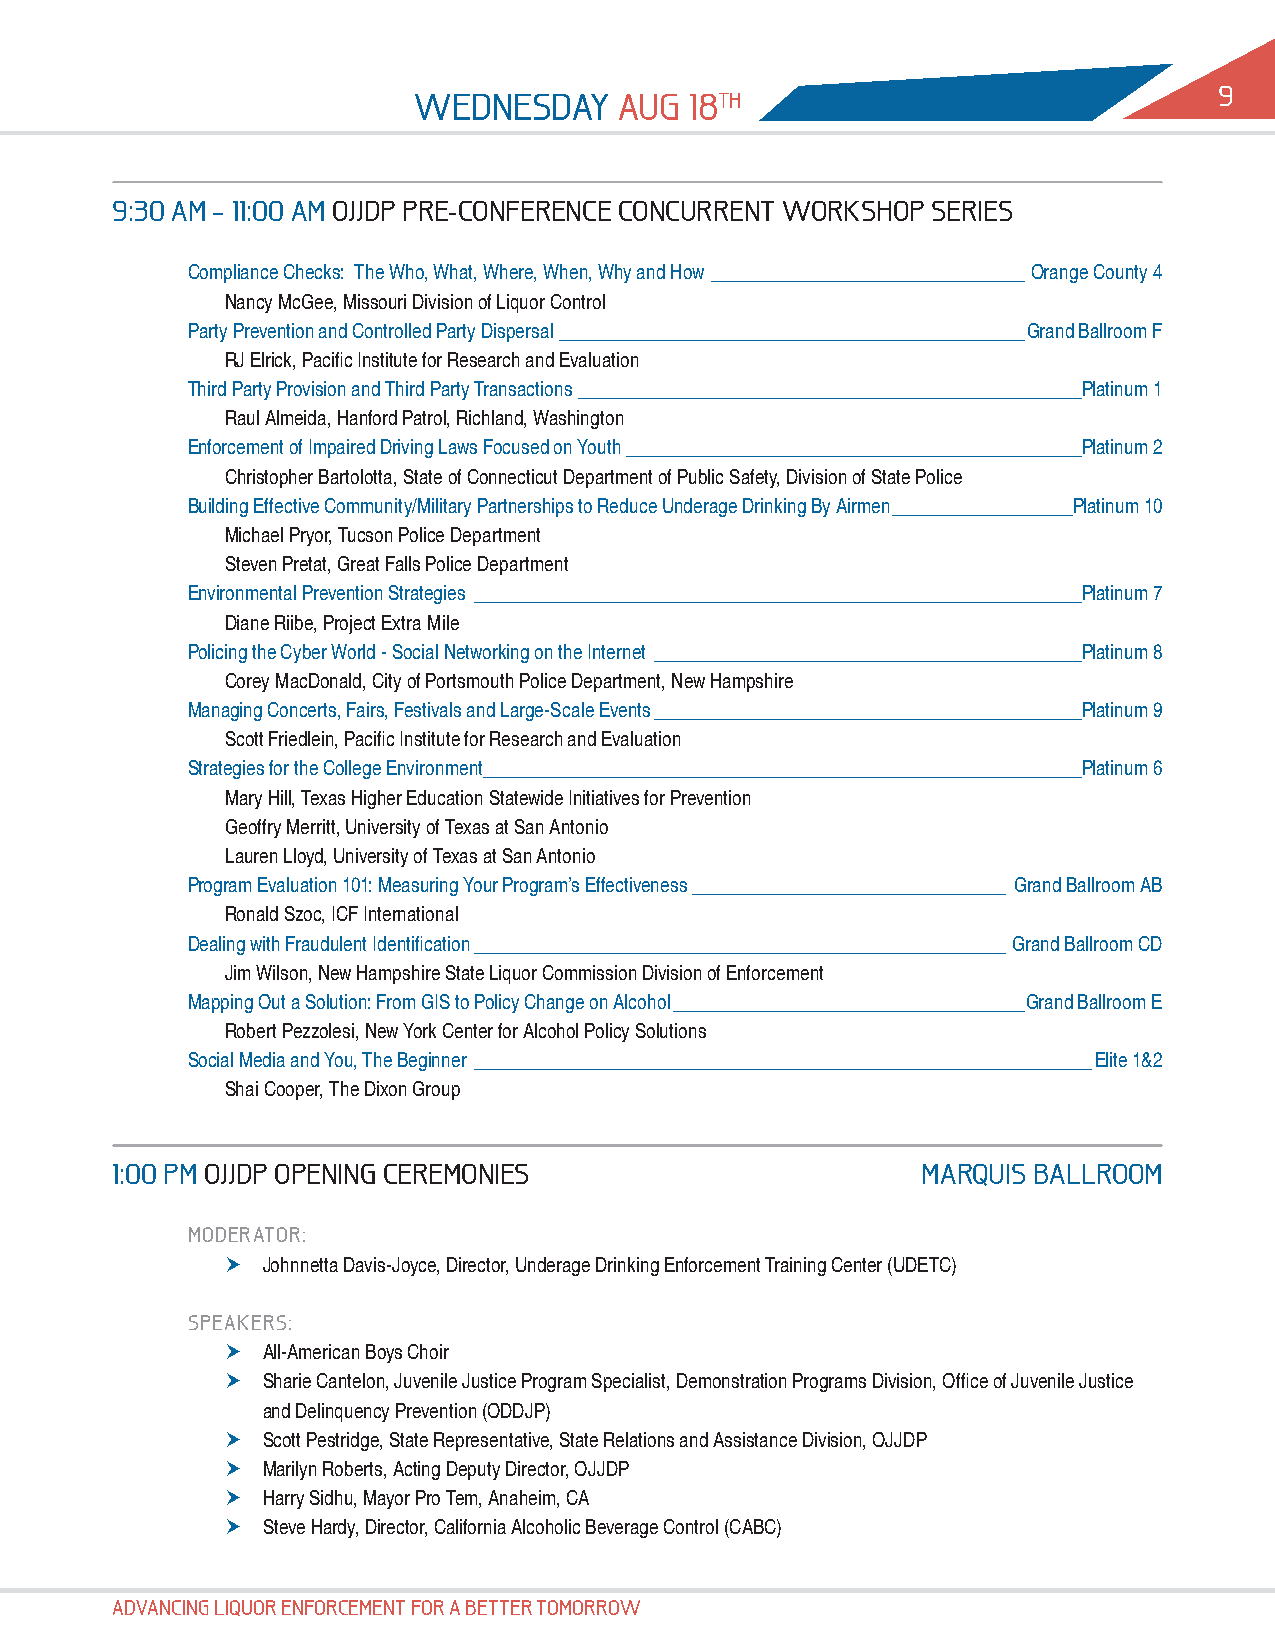
9
 9
 wEdNEsdAy     Aug  18th
 9:30 Am – 11:00 Am oJJdp prE-CoNfErENCE CoNCurrENt workshop sEriEs
 Compliance Checks: The Who, What, Where, When, Why and How _________________________________ Orange County 4
 Nancy McGee, Missouri Division of Liquor Control
 Party Prevention and Controlled Party Dispersal _________________________________________________Grand Ballroom F
 RJ Elrick, Pacific Institute for Research and Evaluation
 Third Party Provision and Third Party Transactions _____________________________________________________Platinum 1
 Raul Almeida, Hanford Patrol, Richland, Washington
 Enforcement of Impaired Driving Laws Focused on Youth ________________________________________________Platinum 2
 Christopher Bartolotta, State of Connecticut Department of Public Safety, Division of State Police
 Building Effective Community/Military Partnerships to Reduce Underage Drinking By Airmen ___________________Platinum 10
 Michael Pryor, Tucson Police Department
 Steven Pretat, Great Falls Police Department
 Environmental Prevention Strategies ________________________________________________________________Platinum 7
 Diane Riibe, Project Extra Mile
 Policing the Cyber World - Social Networking on the Internet _____________________________________________Platinum 8
 Corey MacDonald, City of Portsmouth Police Department, New Hampshire
 Managing Concerts, Fairs, Festivals and Large-Scale Events _____________________________________________Platinum 9
 Scott Friedlein, Pacific Institute for Research and Evaluation
 Strategies for the College Environment _______________________________________________________________Platinum 6
 Mary Hill, Texas Higher Education Statewide Initiatives for Prevention
 Geoffry Merritt, University of Texas at San Antonio
 Lauren Lloyd, University of Texas at San Antonio
 Program Evaluation 101: Measuring Your Program’s Effectiveness _________________________________ Grand Ballroom AB
 Ronald Szoc, ICF International
 Dealing with Fraudulent Identification ________________________________________________________ Grand Ballroom CD
 Jim Wilson, New Hampshire State Liquor Commission Division of Enforcement
 Mapping Out a Solution: From GIS to Policy Change on Alcohol _____________________________________Grand Ballroom E
 Robert Pezzolesi, New York Center for Alcohol Policy Solutions
 Social Media and You, The Beginner _________________________________________________________________Elite 1&2
 Shai Cooper, The Dixon Group
 1:00 pm oJJdp opENiNg CErEmoNiEs                      mArquis bALLroom
 modErAtor:
 hhJohnnetta Davis-Joyce, Director, Underage Drinking Enforcement Training Center (UDETC)
 spEAkErs:
 hhAll-American Boys Choir
 hhSharie Cantelon, Juvenile Justice Program Specialist, Demonstration Programs Division, Office of Juvenile Justice
 and Delinquency Prevention (ODDJP)
 hhScott Pestridge, State Representative, State Relations and Assistance Division, OJJDP
 hhMarilyn Roberts, Acting Deputy Director, OJJDP
 hhHarry Sidhu, Mayor Pro Tem, Anaheim, CA
 hhSteve Hardy, Director, California Alcoholic Beverage Control (CABC)
 AdvANCiNg Liquor ENforCEmENt for A bEttEr tomorrow